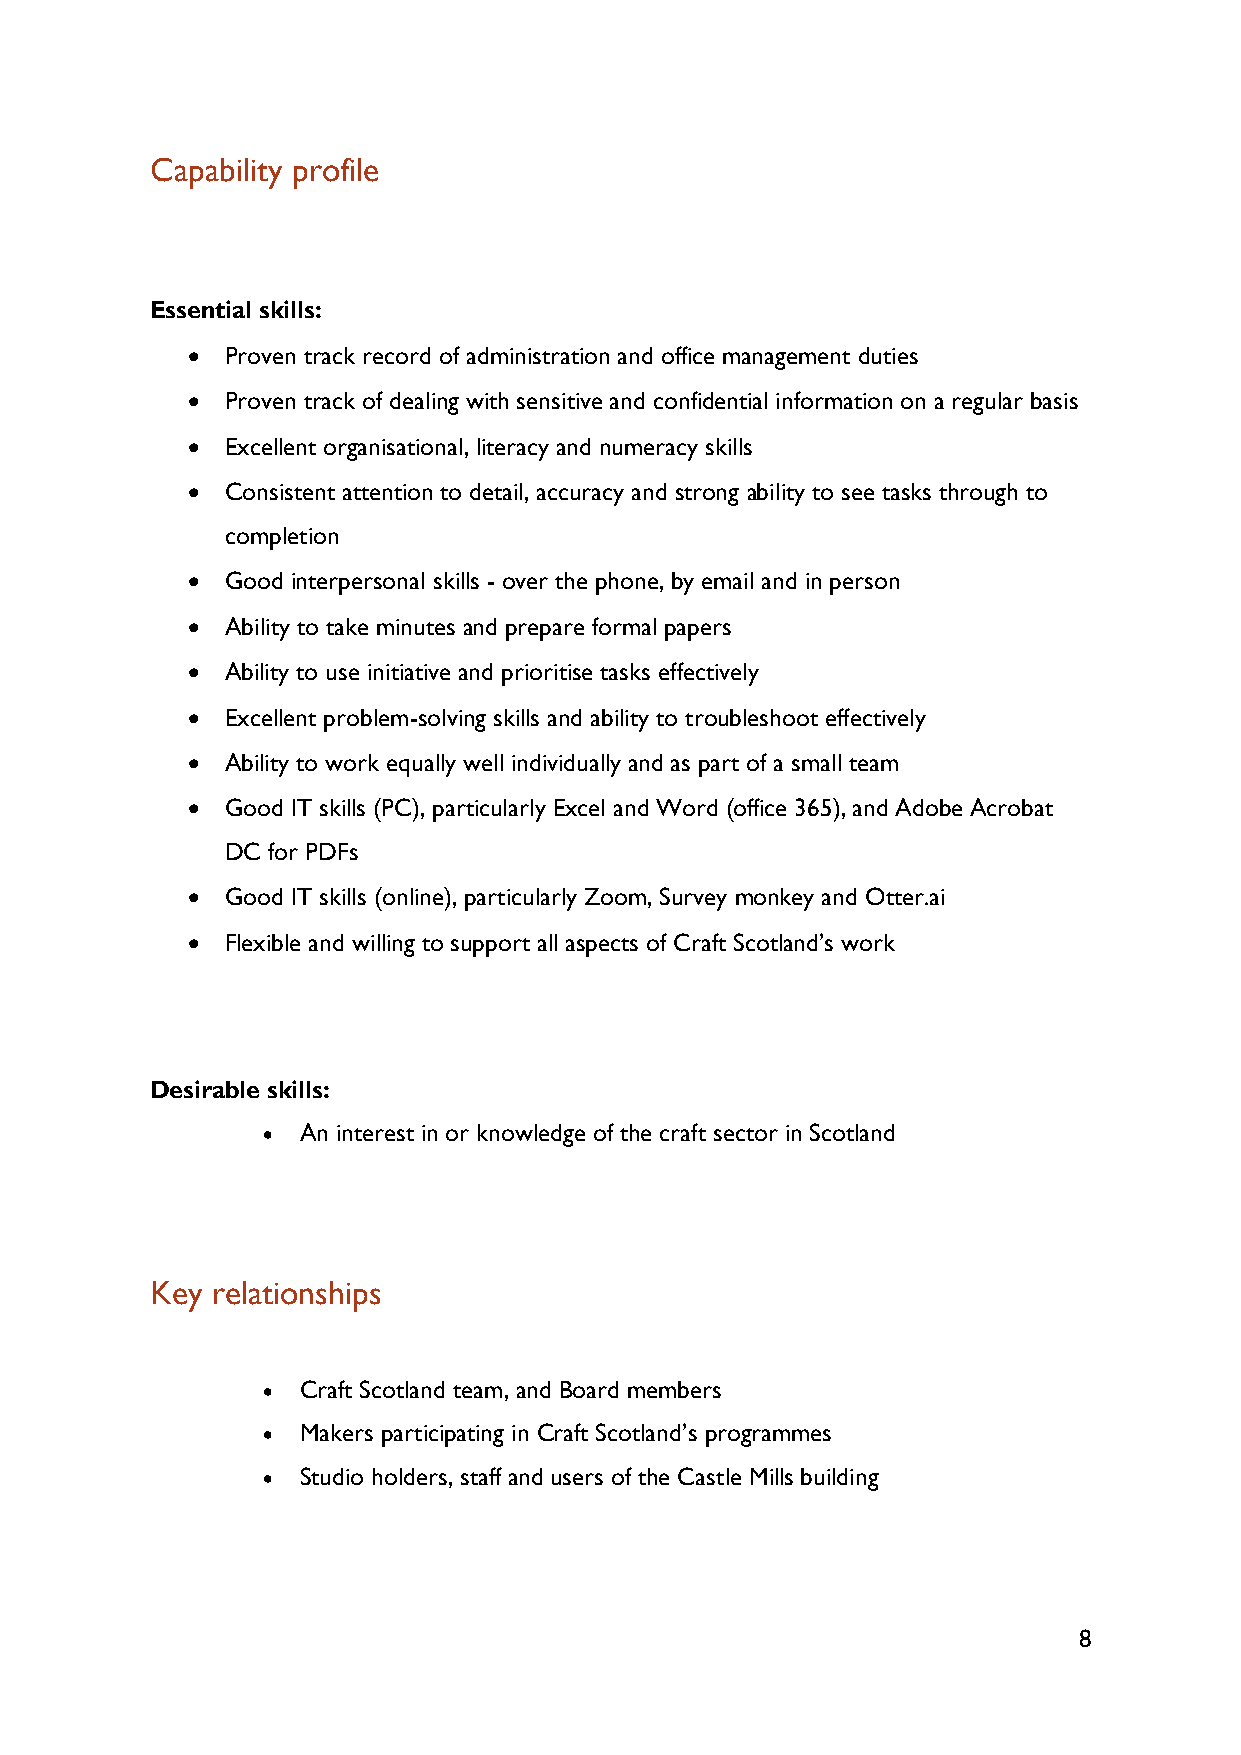
Capability profile
 Essential skills:
 •  Proven track record of administration and office management duties
 •  Proven track of dealing with sensitive and confidential information on a regular basis
 •  Excellent organisational, literacy and numeracy skills
 •  Consistent attention to detail, accuracy and strong ability to see tasks through to
 completion
 •  Good interpersonal skills - over the phone, by email and in person
 •  Ability to take minutes and prepare formal papers
 •  Ability to use initiative and prioritise tasks effectively
 •  Excellent problem-solving skills and ability to troubleshoot effectively
 •  Ability to work equally well individually and as part of a small team
 •  Good IT skills (PC), particularly Excel and Word (office 365), and Adobe Acrobat
 DC for PDFs
 •  Good IT skills (online), particularly Zoom, Survey monkey and Otter.ai
 •  Flexible and willing to support all aspects of Craft Scotland’s work
 Desirable skills:
 •  An interest in or knowledge of the craft sector in Scotland
 Key relationships
 •  Craft Scotland team, and Board members
 •  Makers participating in Craft Scotland’s programmes
 •  Studio holders, staff and users of the Castle Mills building
 8